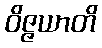
ဝိဇ္ဇယာတိ